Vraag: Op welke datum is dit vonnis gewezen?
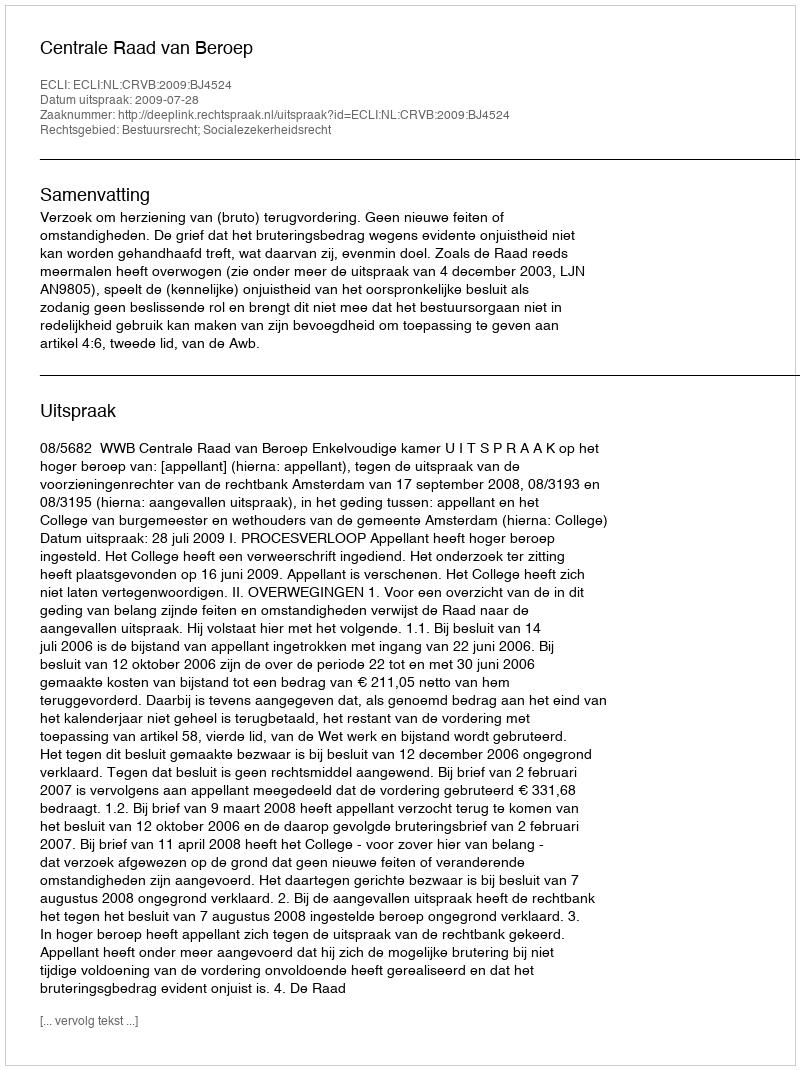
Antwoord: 2009-07-28